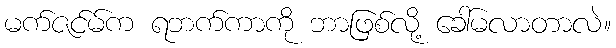
မက်ဇင်မ်က ရဘက်ကာကို ဘာဖြစ်လို့ ခေါ်မလာတာလဲ။